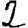
Digit: 2